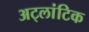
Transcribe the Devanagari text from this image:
अट्लांटिक